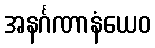
အနင်္ဂဏာနံယေဝ